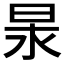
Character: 𭥢